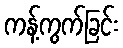
ကန့်ကွက်ခြင်း